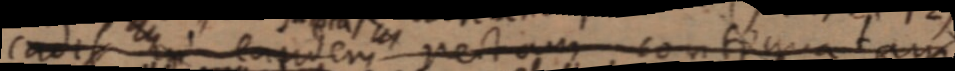
cadit _ eandem rectam continua tam